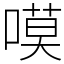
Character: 嗼